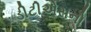
ડીટીએસનો